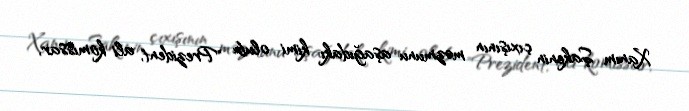
Xanım Şakenin çıxışının məzmunu aşağıdakı kimi olub: "Prezident, ali komissar,